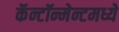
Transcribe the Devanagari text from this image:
कॅन्टॉन्मेन्टमध्ये